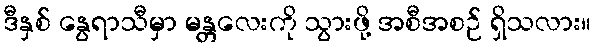
ဒီနှစ် နွေရာသီမှာ မန္တလေးကို သွားဖို့ အစီအစဉ် ရှိသလား။